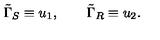
\tilde { \Gamma } _ { S } \equiv u _ { 1 } , \qquad \tilde { \Gamma } _ { R } \equiv u _ { 2 } .